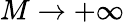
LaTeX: M\to+\infty